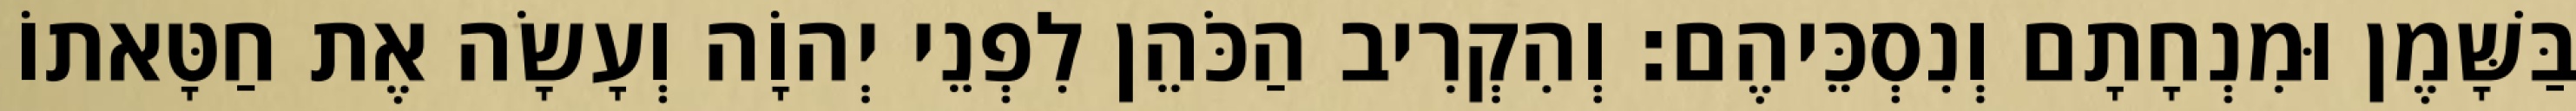
בַּשָּׁמֶן וּמִנְחָתָם וְנִסְכֵּיהֶם׃ וְהִקְרִיב הַכֹּהֵן לִפְנֵי יְהוָֹה וְעָשָׂה אֶת חַטָּאתוֹ